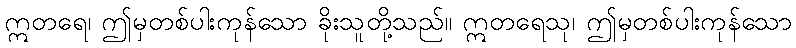
ဣတရေ၊ ဤမှတစ်ပါးကုန်သော ခိုးသူတို့သည်။ ဣတရေသု၊ ဤမှတစ်ပါးကုန်သော